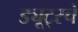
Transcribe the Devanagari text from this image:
ड्यूट्स्चे